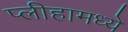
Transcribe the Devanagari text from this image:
प्लीहामध्ये